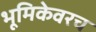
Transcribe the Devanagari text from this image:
भूमिकेवरच